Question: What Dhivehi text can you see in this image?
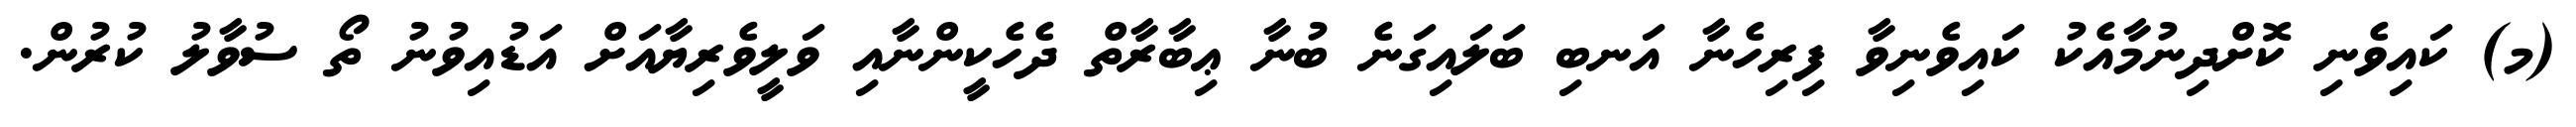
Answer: (މ) ކައިވެނި ކޮށްދިނުމާއެކު ކައިވެނިވާ ފިރިހެނާ އަނބި ބަލައިގަނެ ބުނާ ޢިބާރާތް ދެހެކީންނާއި ވަލީވެރިޔާއަށް އަޑުއިވުނު ތޯ ސުވާލު ކުރުން.